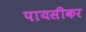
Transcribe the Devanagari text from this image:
पायसीकर